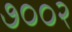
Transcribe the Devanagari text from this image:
७००२